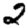
Digit: 2